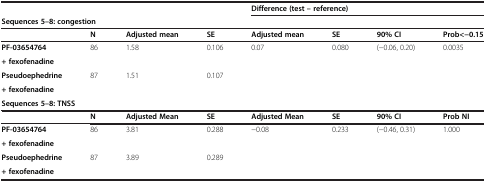
<table><thead><tr><td colspan="4"><b> </b></td><td colspan="4"><b>Difference (test – reference)</b></td></tr><tr><td colspan="4"><b>Sequences 5–8: congestion</b></td><td colspan="4"><b> </b></td></tr><tr><td><b> </b></td><td><b>N</b></td><td><b>Adjusted mean</b></td><td><b>SE</b></td><td><b>Adjusted mean</b></td><td><b>SE</b></td><td><b>90% CI</b></td><td><b>Prob&lt;-0.15</b></td></tr></thead><tbody><tr><td><b>PF-03654764</b></td><td rowspan="2">86</td><td rowspan="2">1.58</td><td rowspan="2">0.106</td><td rowspan="2">0.07</td><td rowspan="2">0.080</td><td rowspan="2">(-0.06, 0.20)</td><td rowspan="2">0.0035</td></tr><tr><td><b>+ fexofenadine</b></td></tr><tr><td><b>Pseudoephedrine</b></td><td rowspan="2">87</td><td rowspan="2">1.51</td><td rowspan="2">0.107</td><td rowspan="2"> </td><td rowspan="2"> </td><td rowspan="2"> </td><td rowspan="2"> </td></tr><tr><td><b>+ fexofenadine</b></td></tr><tr><td colspan="4"><b>Sequences 5–8: TNSS</b></td><td> </td><td> </td><td> </td><td> </td></tr><tr><td> </td><td><b>N</b></td><td><b>Adjusted Mean</b></td><td><b>SE</b></td><td><b>Adjusted Mean</b></td><td><b>SE</b></td><td><b>90% CI</b></td><td><b>Prob NI</b></td></tr><tr><td><b>PF-03654764</b></td><td rowspan="2">86</td><td rowspan="2">3.81</td><td rowspan="2">0.288</td><td rowspan="2">-0.08</td><td rowspan="2">0.233</td><td rowspan="2">(-0.46, 0.31)</td><td rowspan="2">1.000</td></tr><tr><td><b>+ fexofenadine</b></td></tr><tr><td><b>Pseudoephedrine</b></td><td rowspan="2">87</td><td rowspan="2">3.89</td><td rowspan="2">0.289</td><td rowspan="2"> </td><td rowspan="2"> </td><td rowspan="2"> </td><td rowspan="2"> </td></tr><tr><td><b>+ fexofenadine</b></td></tr></tbody></table>